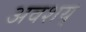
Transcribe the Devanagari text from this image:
अवशय्